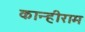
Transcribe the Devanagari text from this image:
कान्हीराम